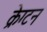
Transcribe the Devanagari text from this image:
क्रेग्टन